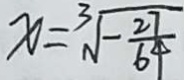
x = \sqrt [ 3 ] { - \frac { 2 7 } { 6 4 } }